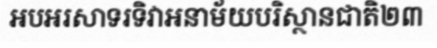
អបអរសាទរទិវាអនាម័យបរិស្ថានជាតិ២៣